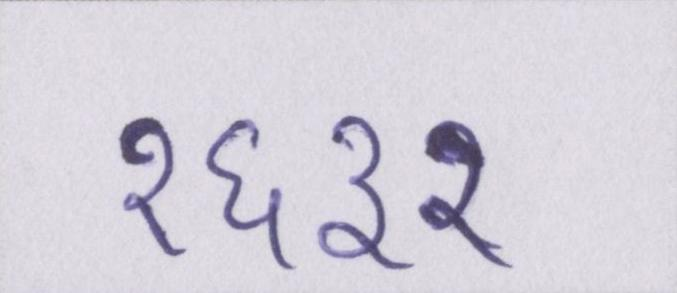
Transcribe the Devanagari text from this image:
१६३२